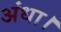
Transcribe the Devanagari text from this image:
अंधा।